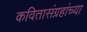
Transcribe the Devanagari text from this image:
कवितासंग्रहांच्या